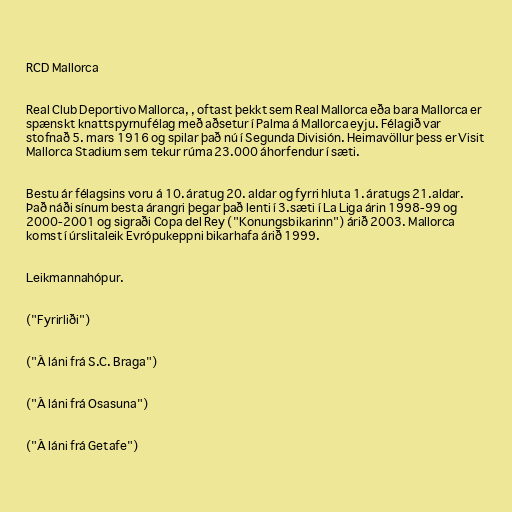
RCD Mallorca

Real Club Deportivo Mallorca, , oftast þekkt sem Real Mallorca eða bara Mallorca er
spænskt knattspyrnufélag með aðsetur í Palma á Mallorca eyju. Félagið var
stofnað 5. mars 1916 og spilar það nú í Segunda División. Heimavöllur þess er Visit
Mallorca Stadium sem tekur rúma 23.000 áhorfendur í sæti.

Bestu ár félagsins voru á 10. áratug 20. aldar og fyrri hluta 1. áratugs 21.aldar.
Það náði sínum besta árangri þegar það lenti í 3.sæti í La Liga árin 1998-99 og
2000-2001 og sigraði Copa del Rey ("Konungsbikarinn") árið 2003. Mallorca
komst í úrslitaleik Evrópukeppni bikarhafa árið 1999.

Leikmannahópur.

("Fyrirliði")

("Á láni frá S.C. Braga")

("Á láni frá Osasuna")

("Á láni frá Getafe")